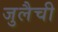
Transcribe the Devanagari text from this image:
जुलैची